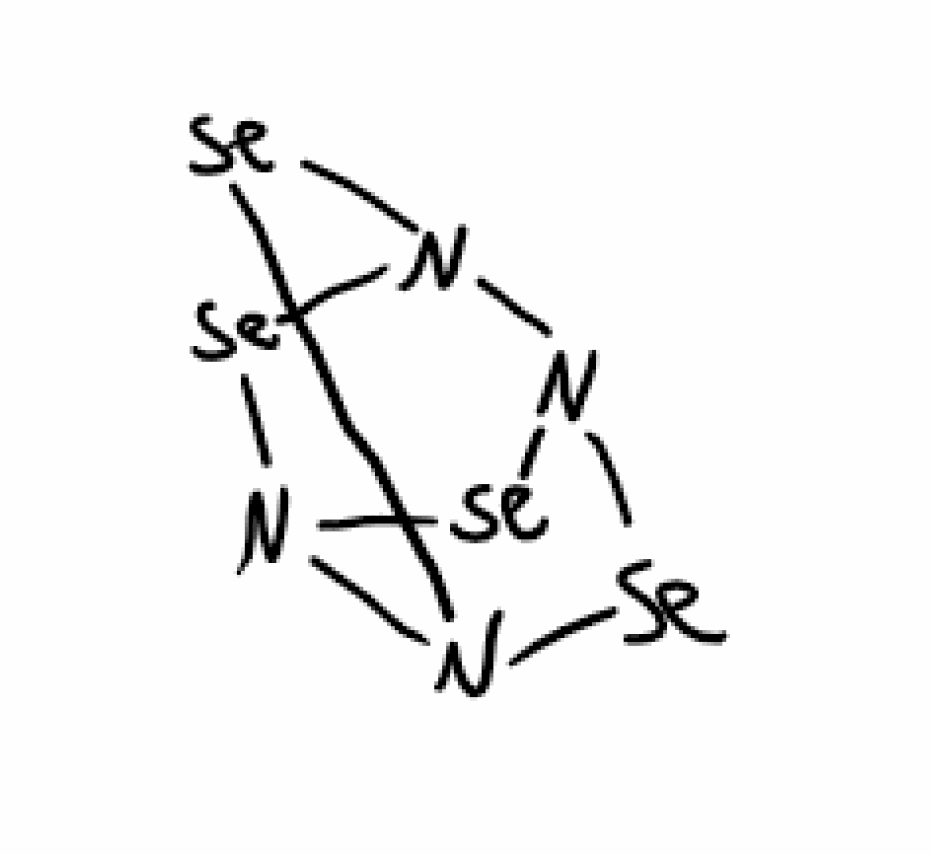
Simplified molecular-input line-entry system (SMILES) notation of the given molecule:
N12N3[Se]N([Se]1)N([Se]2)[Se]3